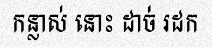
កន្លាស់ នោះ ដាច់ រដក